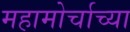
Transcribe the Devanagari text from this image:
महामोर्चाच्या